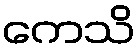
ကေသိ